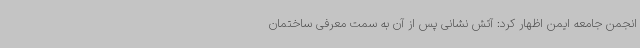
انجمن جامعه ایمن اظهار کرد: آتش نشانی پس از آن به سمت معرفی ساختمان